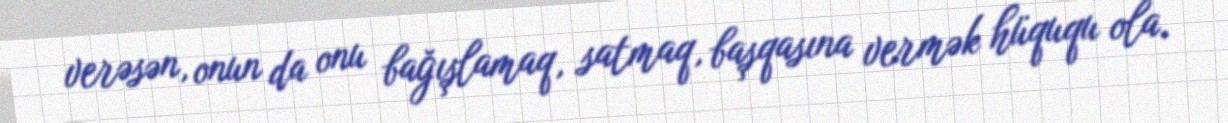
verəsən, onun da onu bağışlamaq, satmaq, başqasına vermək hüququ ola.